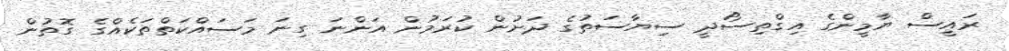
ރައީސް ޔާމީންގެ އިގްތިސޯދީ ސިޔާސަތުގެ ދަށުން ކުރަމުން އަންނަ ގިނަ މަސައްކަތްތަކެއްގެ ގޮތުން